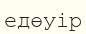
едөуір